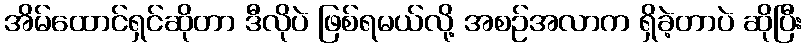
အိမ်ထောင်ရှင်ဆိုတာ ဒီလိုပဲ ဖြစ်ရမယ်လို့ အစဉ်အလာက ရှိခဲ့တာပဲ ဆိုပြီး